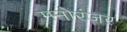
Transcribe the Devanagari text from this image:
मनोरंजर